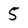
Character: 5